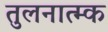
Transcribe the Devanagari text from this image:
तुलनात्म्क